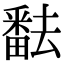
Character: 𤳖